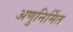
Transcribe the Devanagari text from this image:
अणुनिर्मित